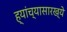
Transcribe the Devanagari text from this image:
ह्यांच्यासारख्ये